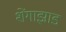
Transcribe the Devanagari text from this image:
शेंगाझाड